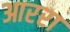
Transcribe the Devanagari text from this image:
आररा